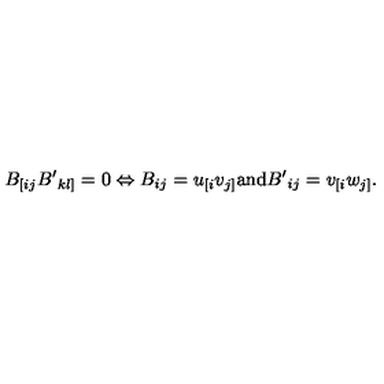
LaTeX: B _ { [ i j } { B ^ { \prime } } _ { k l ] } = 0 \Leftrightarrow B _ { i j } = u _ { [ i } v _ { j ] } \mathrm { a n d } { B ^ { \prime } } _ { i j } = v _ { [ i } w _ { j ] } .